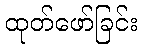
ထုတ်ဖော်ခြင်း